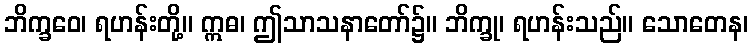
ဘိက္ခဝေ၊ ရဟန်းတို့။ ဣဓ၊ ဤသာသနာတော်၌။ ဘိက္ခု၊ ရဟန်းသည်။ သောတေန၊